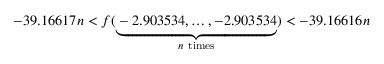
- 3 9 . 1 6 6 1 7 n < f ( \underbrace { - 2 . 9 0 3 5 3 4 , \ldots , - 2 . 9 0 3 5 3 4 } _ { n { \mathrm { ~ t i m e s } } } ) < - 3 9 . 1 6 6 1 6 n